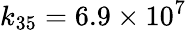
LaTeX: k_{35}=6.9\times 10^{7}